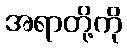
အရာတို့ကို